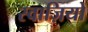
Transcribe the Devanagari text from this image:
स्वाज़ियों